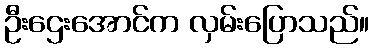
ဦးဌေးအောင်က လှမ်းပြောသည်။